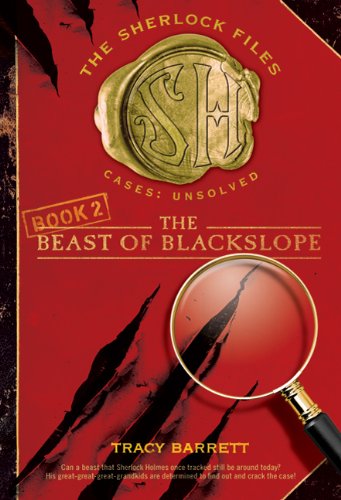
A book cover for The Beast of Blackslope (Sherlock Files); Tracy Barrett; Humor & Entertainment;